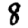
Digit: 8